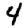
Digit: 4